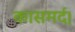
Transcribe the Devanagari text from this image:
कासमर्द।